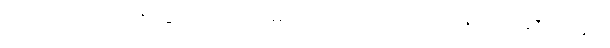
ကို၂၀၁၇ စုပုံလာခြင်း ယင်းအမျိုးသားက ၎င်းအဏုမြူဗုံး ချေးရာတွင်